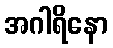
အဂါရိနော